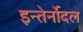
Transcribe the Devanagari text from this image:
इन्तेर्नोदल